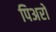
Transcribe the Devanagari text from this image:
पिअरो